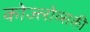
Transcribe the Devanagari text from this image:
कोज्लोव्सकी